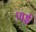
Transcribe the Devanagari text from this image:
पार्इ